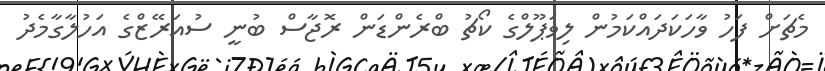
މެޗަށް ފަހު ވާހަކަދައްކަމުން ލިވަޕޫލްގެ ކޯޗު ބްރެންޑަން ރޮޖާސް ބުނީ ސުއަރޭޒްގެ އަހުލާގާމެދު